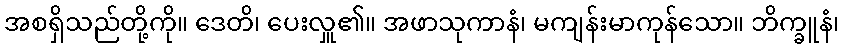
အစရှိသည်တို့ကို။ ဒေတိ၊ ပေးလှူ၏။ အဖာသုကာနံ၊ မကျန်းမာကုန်သော။ ဘိက္ခူနံ၊